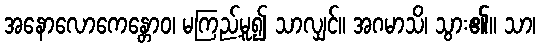
အနောလောကေန္တောဝ၊ မကြည့်မူ၍ သာလျှင်။ အဂမာသိ၊ သွား၏။ သာ၊